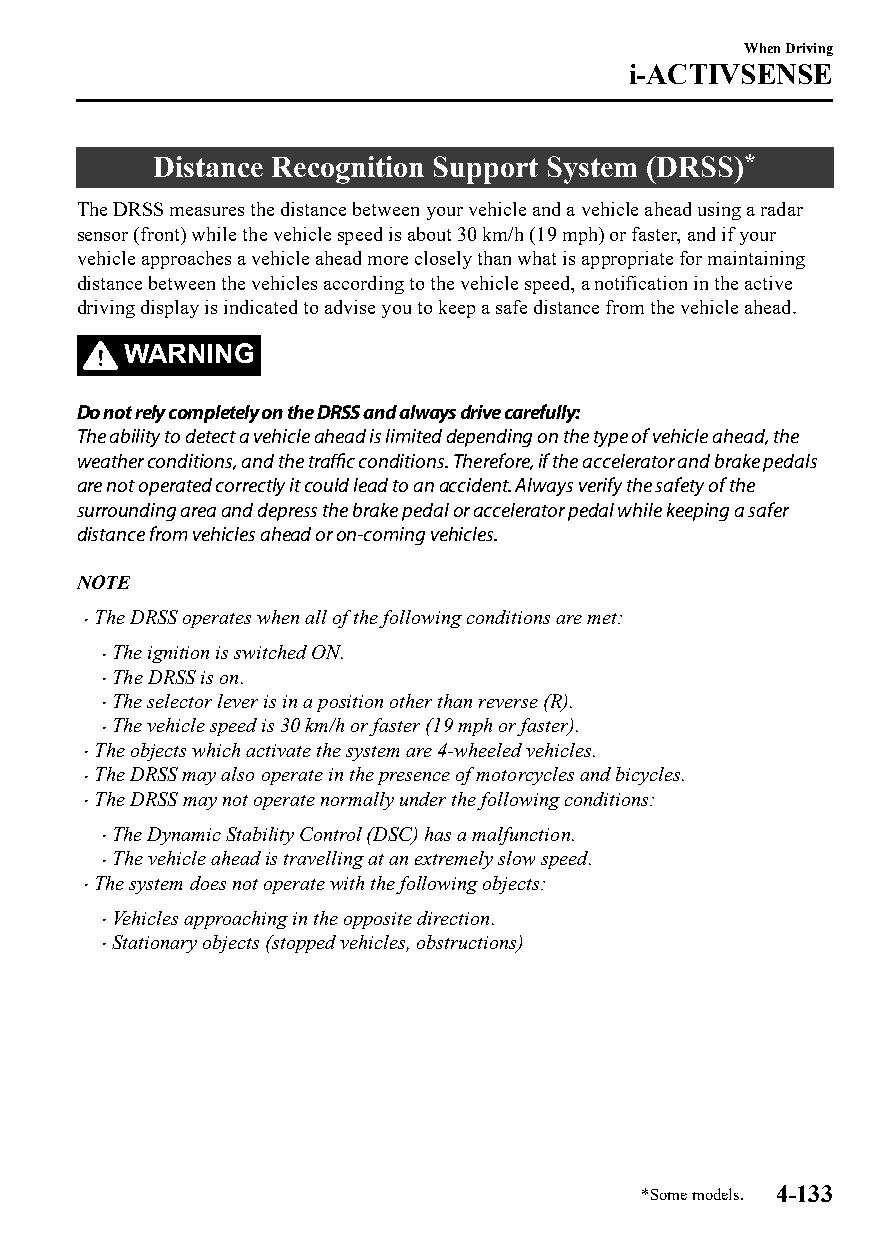
When Driving
 i-ACTIVSENSE
 Distance Recognition Support System (DRSS)*
 The DRSS measures the distance between your vehicle and a vehicle ahead using a radar
 sensor (front) while the vehicle speed is about 30 km/h (19 mph) or faster, and if your
 vehicle approaches a vehicle ahead more closely than what is appropriate for maintaining
 distance between the vehicles according to the vehicle speed, a notification in the active
 driving display is indicated to advise you to keep a safe distance from the vehicle ahead.
 WARNING
 Do not rely completely on the DRSS and always drive carefully:
 The ability to detect a vehicle ahead is limited depending on the type of vehicle ahead, the
 weather conditions, and the traffic conditions. Therefore, if the accelerator and brake pedals
 are not operated correctly it could lead to an accident. Always verify the safety of the
 surrounding area and depress the brake pedal or accelerator pedal while keeping a safer
 distance from vehicles ahead or on-coming vehicles.
 NOTE
 The DRSS operates when all of the following conditions are met:
 
 The ignition is switched ON.
 
 The DRSS is on.
 
 The selector lever is in a position other than reverse (R).
 
 The vehicle speed is 30 km/h or faster (19 mph or faster).
 
 The objects which activate the system are 4-wheeled vehicles.
 
 The DRSS may also operate in the presence of motorcycles and bicycles.
 
 The DRSS may not operate normally under the following conditions:
 
 The Dynamic Stability Control (DSC) has a malfunction.
 
 The vehicle ahead is travelling at an extremely slow speed.
 
 The system does not operate with the following objects:
 
 Vehicles approaching in the opposite direction.
 
 Stationary objects (stopped vehicles, obstructions)
 
 *Some models. 4-133
 CX-3_8GT4-EE-18D_Edition4                  2018-9-6 18:32:19